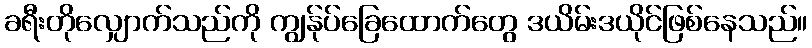
ခရီးတိုလျှောက်သည်ကို ကျွန်ုပ်ခြေထောက်တွေ ဒယိမ်းဒယိုင်ဖြစ်နေသည်။